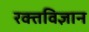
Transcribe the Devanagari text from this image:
रक्तविज्ञान